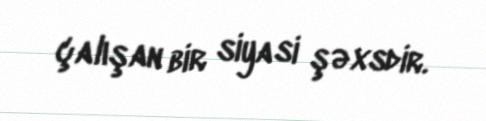
çalışan bir siyasi şəxsdir.